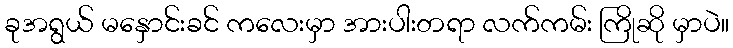
ခုအရွယ် မနှောင်းခင် ကလေးမှာ အားပါးတရာ လက်ကမ်း ကြိုဆို မှာပဲ။